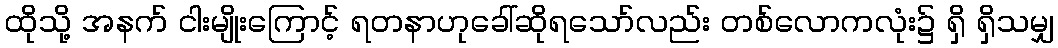
ထိုသို့ အနက် ငါးမျိုးကြောင့် ရတနာဟုခေါ်ဆိုရသော်လည်း တစ်လောကလုံး၌ ရှိ ရှိသမျှ